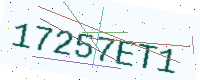
Text: 17257ET1